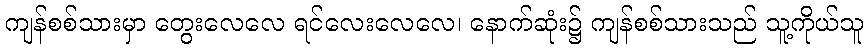
ကျန်စစ်သားမှာ တွေးလေလေ ရင်လေးလေလေ၊ နောက်ဆုံး၌ ကျန်စစ်သားသည် သူ့ကိုယ်သူ